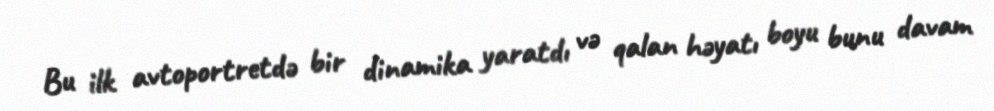
Bu ilk avtoportretdə bir dinamika yaratdı və qalan həyatı boyu bunu davam